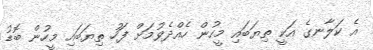
އެ ކަލާނގެ އަކީ ތިޔަބައި މީހުން ހެއްދެވުމަށް ފަހު ތިޔަބައި މީހުން ބޮޑު